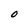
Character: O